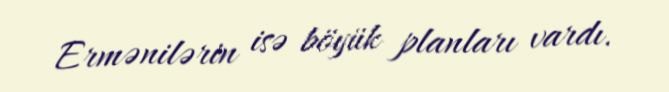
Ermənilərin isə böyük planları vardı.